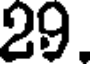
29.